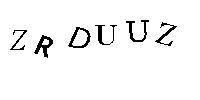
ZRDUUZ